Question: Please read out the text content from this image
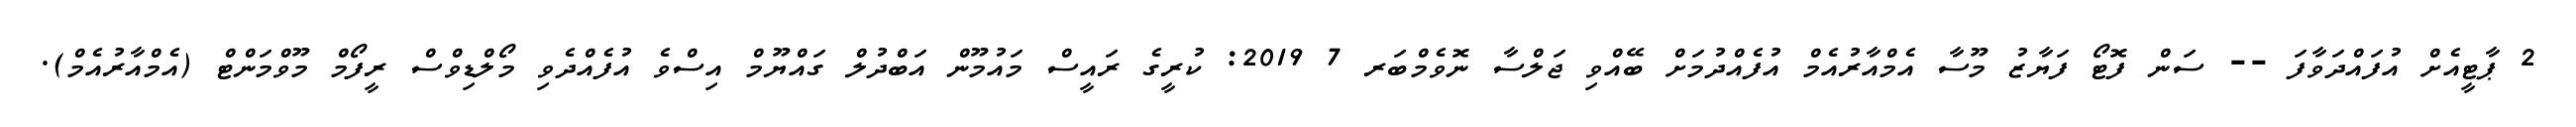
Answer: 2 ޕާޓީއެށް އުފައްދަވާފަ -- ސަން ފޮޓޯ ފަޔާޒު މޫސާ އެމްއާރުއެމް އުފެއްދުމަށް ބޭއްވި ޖަލްސާ ނޮވެމްބަރ 7 2019: ކުރީގެ ރައީސް މައުމޫން އަބްދުލް ގައްޔޫމް އިސްވެ އުފެއްދެވި މޯލްޑިވްސް ރީފޯމް މޫވްމަންޓް (އެމްއާރުއެމް).